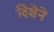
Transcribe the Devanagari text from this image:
दिशेनें